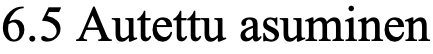
6.5 Autettu asuminen